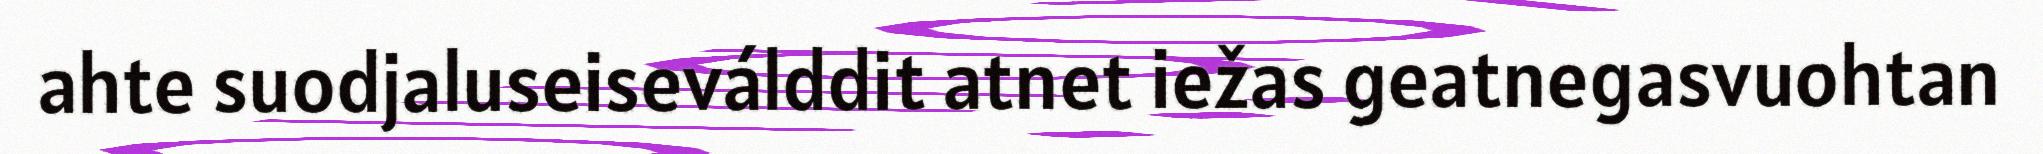
ahte suodjaluseiseválddit atnet iežas geatnegasvuohtan